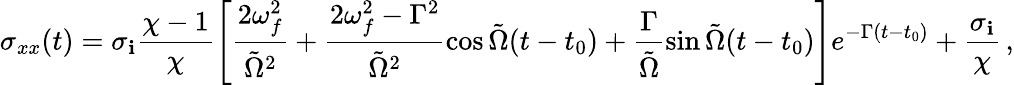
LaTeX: \sigma_{xx}(t)=\sigma_{\mathbf{i}}\frac{{\chi-1}}{{\chi}}\left[\frac{{2\omega_{f}^{2}}}{{\tilde{{\Omega}}^{2}}}+\frac{{2\omega_{f}^{2}-\Gamma^{2}}}{{\tilde{{\Omega}}^{2}}}\cos\tilde{{\Omega}}(t-t_{0})+\frac{{\Gamma}}{{\tilde{{\Omega}}}}\sin\tilde{{\Omega}}(t-t_{0})\right]e^{-\Gamma(t-t_{0})}+\frac{{\sigma_{\mathbf{i}}}}{{\chi}}\, ,